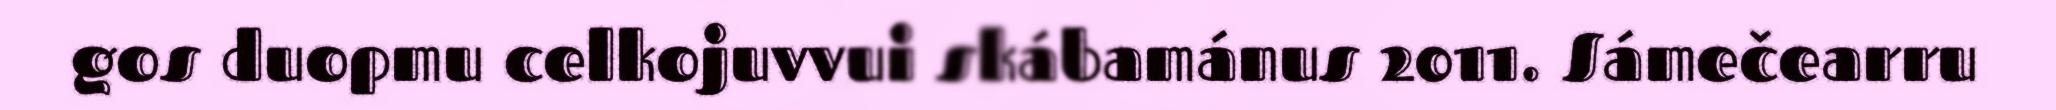
gos duopmu celkojuvvui skábamánus 2011. Sámečearru